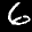
Label: 6